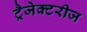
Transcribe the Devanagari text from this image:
ट्रैजेक्टरीज